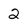
Character: 2